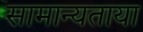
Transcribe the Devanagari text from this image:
सामान्यताया